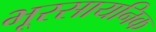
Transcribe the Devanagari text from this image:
भूरसायनिक